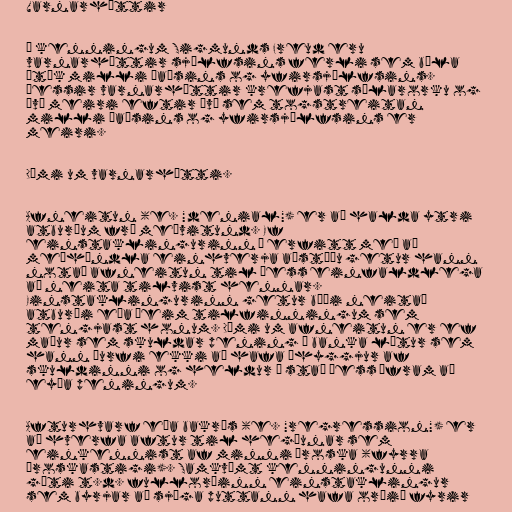
Varnarhættir

Í kenningum Sigmunds Freud eru
varnarhættir sjálfsins ferli sem bæla
átök milli þaðsins og yfirsjálfsins.
Þessir varnarhættir krefjast sálarorku og
því meiri eftir því sem togstreitan
milli þaðsins og yfirsjálfsins er
meiri.

Dæmi um varnarhætti.

Afneitun (e. "denial") er að halda ytri
atburðum frá meðvitund. Ef
einstaklingurinn á erfitt með að
meðhöndla einhverja aðstöðu getur hann
notað afneitun til þess einfaldlega
að neita tilvist hennar.
Einstaklingurinn getur bæði neitað
atburði eða þeim tilfinningum sem
tengjast honum. Dæmi um afneitun er ef
maður sem skuldar pening í banka lætur sem
hann þurfi ekki að hafa áhyggjur af
skuldinni og heldur í stað þess áfram að
eyða peningum.

Afturhvarf eða bakrás (e. "regression") er
að hverfa aftur til hegðunar sem
einkennist af minni þroska (fyrra
þroskastigi). Samkvæmt kenningunni
gæti t.d. fullorðinn einstaklingur
sem byrjar að sjúga puttann hafa orðið fyrir